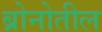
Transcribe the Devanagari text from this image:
ब्रोनोतील